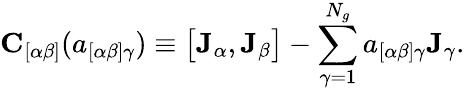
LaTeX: \mathbf{C}_{[\alpha\beta]}(a_{[\alpha\beta]\gamma})\equiv\bigl[\mathbf{J}_{\alpha},\mathbf{J}_{\beta}\bigr]-\sum_{\gamma=1}^{N_{g}}a_{[\alpha\beta]\gamma}\mathbf{J}_{\gamma}.